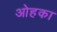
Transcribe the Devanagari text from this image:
ओहका